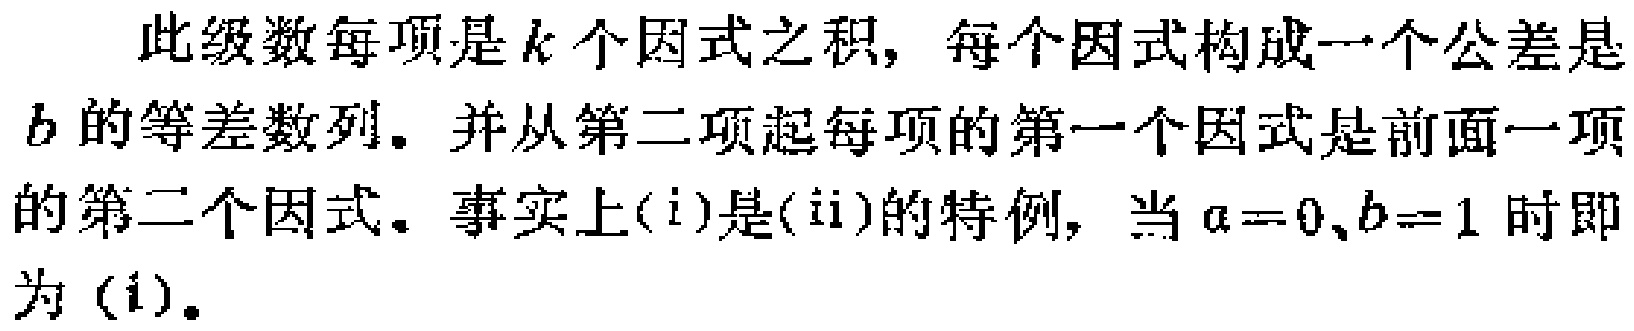
此级数每项是\(k\)个因式之积，每个因式构成一个公差是\(b\)的等差数列。并从第二项起每项的第一个因式是前面一项的第二个因式。事实上\((\mathrm{i})\)是\((\mathrm{ii})\)的特例，当\(a = 0\)、\(b = 1\)时即为\((\mathrm{i})\)。